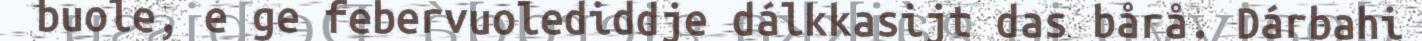
buole, e ge febervuolediddje dálkkasijt das bårå. Dárbahi